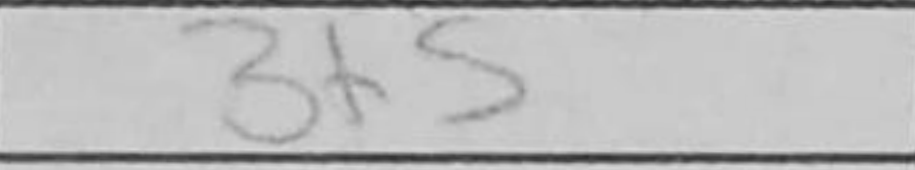
Transcription: Bf5